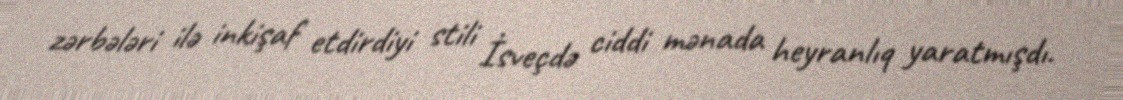
zərbələri ilə inkişaf etdirdiyi stili İsveçdə ciddi mənada heyranlıq yaratmışdı.